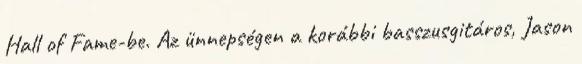
Hall of Fame-be. Az ünnepségen a korábbi basszusgitáros, Jason